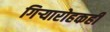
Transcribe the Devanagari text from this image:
गिऱ्यारोहकही